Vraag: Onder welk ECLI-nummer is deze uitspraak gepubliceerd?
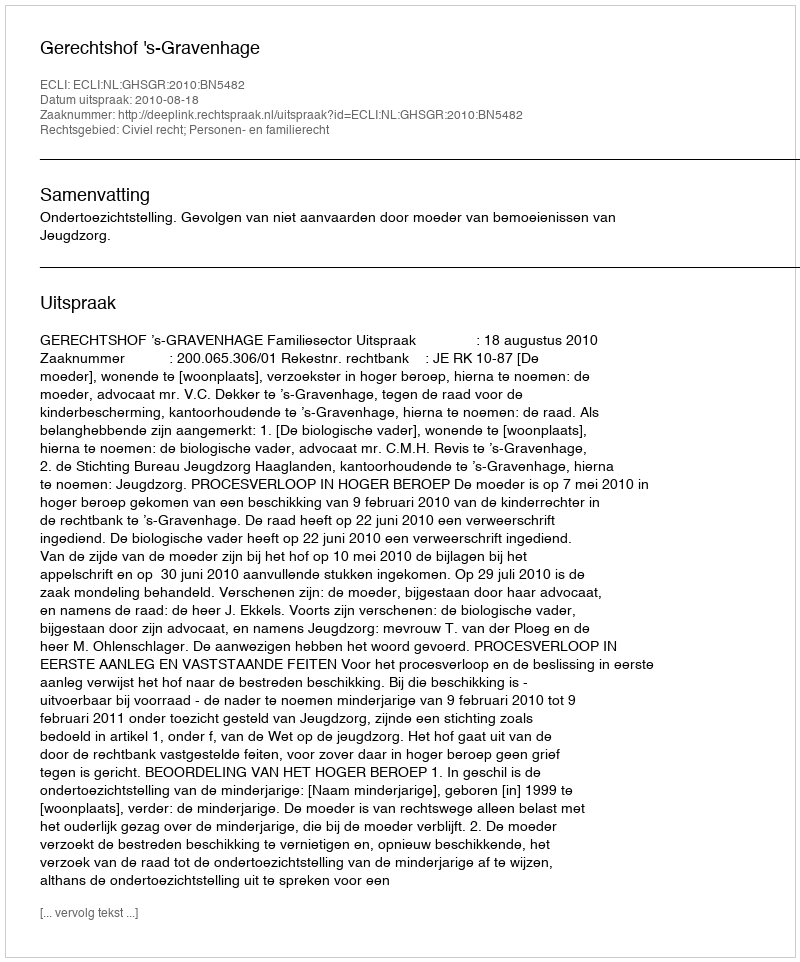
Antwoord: ECLI:NL:GHSGR:2010:BN5482